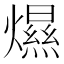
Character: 𤐴